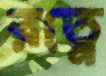
রত্নে